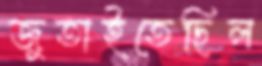
জুতাইতেছিল